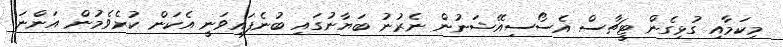
މިކަމާއި ގުޅިގެން ޓީޗާސް އެސޯސިއޭޝަނުން ނެރުނު ބަޔާނުގައި ބުނެފައިވަނީ އެކަން ކުރެވެމުން އަންނަ